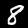
Label: 8